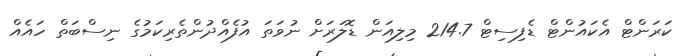
ކަރަންޓް އެކައުންޓް ޑެފިސިޓް 214.7 މިލިއަން ޑޮލަރަށް ނުވަތަ އުފެއްދުންތެރިކަމުގެ ނިސްބަތް ހައެއް